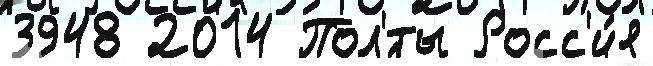
3948 2014 Пол'́ты Росс'и́я